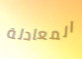
المعادلة